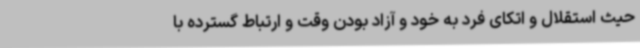
حیث استقلال و اتکای فرد به خود و آزاد بودن وقت و ارتباط گسترده با